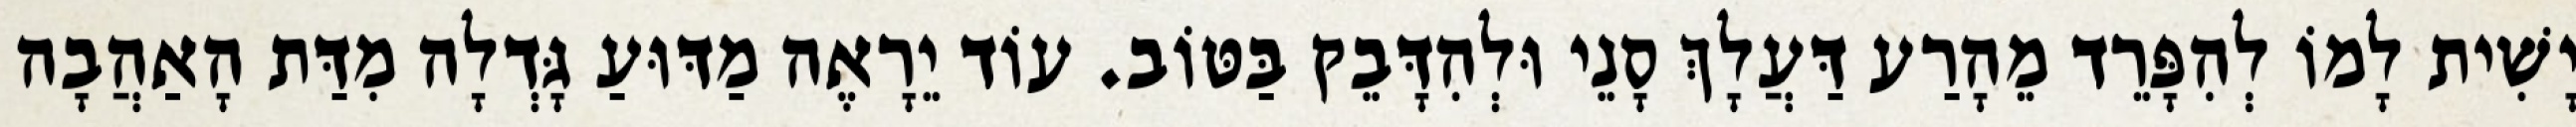
יָשִׁית לָמוֹ לְהִפָּרֵד מֵהָרַע דַּעֲלָךְ סָנֵי וּלְהִדָּבֵק בַּטּוֹב. עוֹד יֵרָאֶה מַדּוּעַ גָּדְלָה מִדַּת הָאַהֲבָה